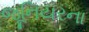
જૂનિયરના